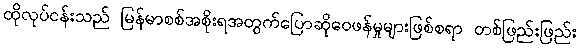
ထိုလုပ်ငန်းသည် မြန်မာစစ်အစိုးရအတွက်ပြောဆိုဝေဖန်မှုများဖြစ်စရာ တစ်ဖြည်းဖြည်း